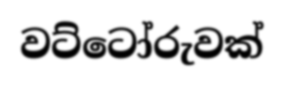
වට්ටෝරුවක්